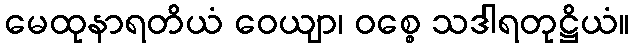
မေထုနာရတိယံ ဝေယျာ၊ ဝစ္စေ သဒါရတုဋ္ဌိယံ။